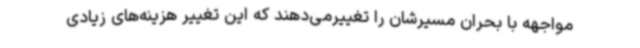
مواجهه با بحران مسیرشان را تغییرمی‌دهند که این تغییر هزینه‌های زیادی